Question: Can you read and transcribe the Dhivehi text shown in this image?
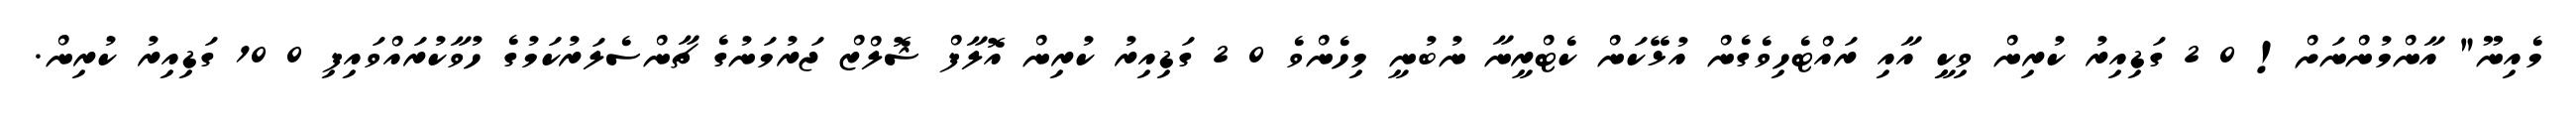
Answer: މެއިނޫ" އާންމުންނަށް! 0 2 ގަޑިއިރު ކުރިން ވިކީި އާއި ރައްޓެހިވެގެން އުޅޭކަން ކެޓްރީނާ ނުބުނީ މިހެންވެ 0 2 ގަޑިއިރު ކުރިން އޮލާފް ޝޮލްޒް ޖަރުމަނުގެ ޗާންސެލަރުކަމުގެ ހުވާކުރައްވައިފި 0 10 ގަޑިއިރު ކުރިން.